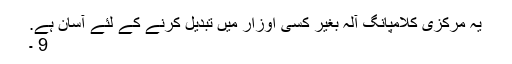
یہ مرکزی کلامپانگ آلہ بغیر کسی اوزار میں تبدیل کرنے کے لئے آسان ہے.
9 ۔